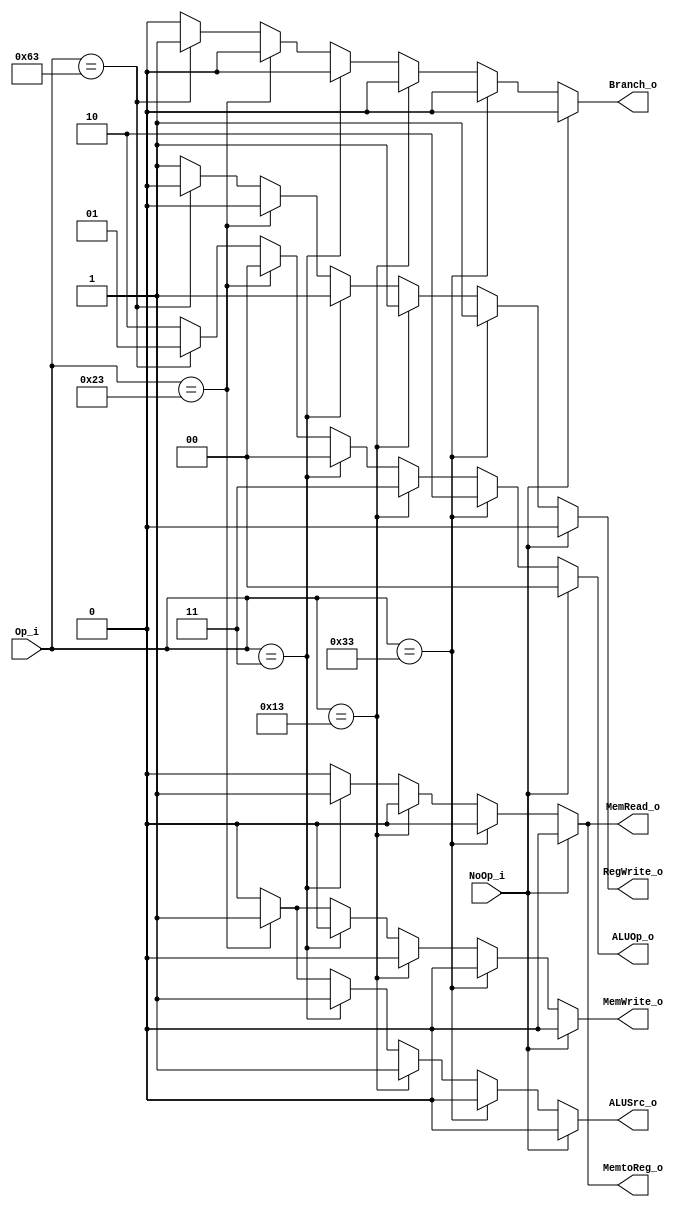
module Control
(
    Op_i,
    NoOp_i,
    RegWrite_o,
    MemtoReg_o,
    MemRead_o,
    MemWrite_o,
    ALUOp_o,
    ALUSrc_o,
    Branch_o   
);

// Interface
input   [6:0]      Op_i;
input			   NoOp_i;
output             RegWrite_o;
output             MemtoReg_o;
output             MemRead_o;
output             MemWrite_o;
output  [1:0]      ALUOp_o;
output             ALUSrc_o;
output             Branch_o;

reg                RegWrite_o;
reg                MemtoReg_o;
reg                MemRead_o;
reg                MemWrite_o;
reg     [1:0]      ALUOp_o;
reg                ALUSrc_o;
reg                Branch_o;

// Control
always @(*) begin
    //default
    MemtoReg_o = 0;
    MemRead_o = 0;
    MemWrite_o = 0;
    Branch_o = 0;
    RegWrite_o = 1;

    if (NoOp_i == 1) begin
    	RegWrite_o = 0;
    	ALUOp_o = 0;
    	ALUSrc_o = 0;
    end
    else if(Op_i == 7'b0110011) begin // R-type
        ALUOp_o = 2'b10;
        ALUSrc_o = 0;
    end
    else if(Op_i == 7'b0010011) begin // addi and srai
        ALUOp_o = 2'b11;
        ALUSrc_o = 1;
    end
    else if(Op_i == 7'b0000011) begin // lw
        ALUOp_o = 2'b00;
        ALUSrc_o = 1;
        MemtoReg_o = 1;
        MemRead_o = 1;
    end
    else if(Op_i == 7'b0100011) begin // sw
        ALUOp_o = 2'b00;
        ALUSrc_o = 1;
        MemtoReg_o = 0;// dont care
        MemWrite_o = 1;
        RegWrite_o = 0;
    end
    else if(Op_i == 7'b1100011) begin // beq
    	ALUOp_o = 2'b01;
    	ALUSrc_o = 0;
	    Branch_o = 1;
	    RegWrite_o = 0;
	end
    else begin
        ALUOp_o = 2;
        ALUSrc_o = 0;
    end
end

endmodule